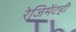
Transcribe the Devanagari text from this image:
रेजिमेंटही